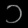
Digit: ၁